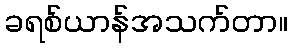
ခရစ်ယာန်အသက်တာ။